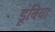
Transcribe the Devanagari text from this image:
डूंबिया